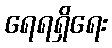
ရေရရှိရေး